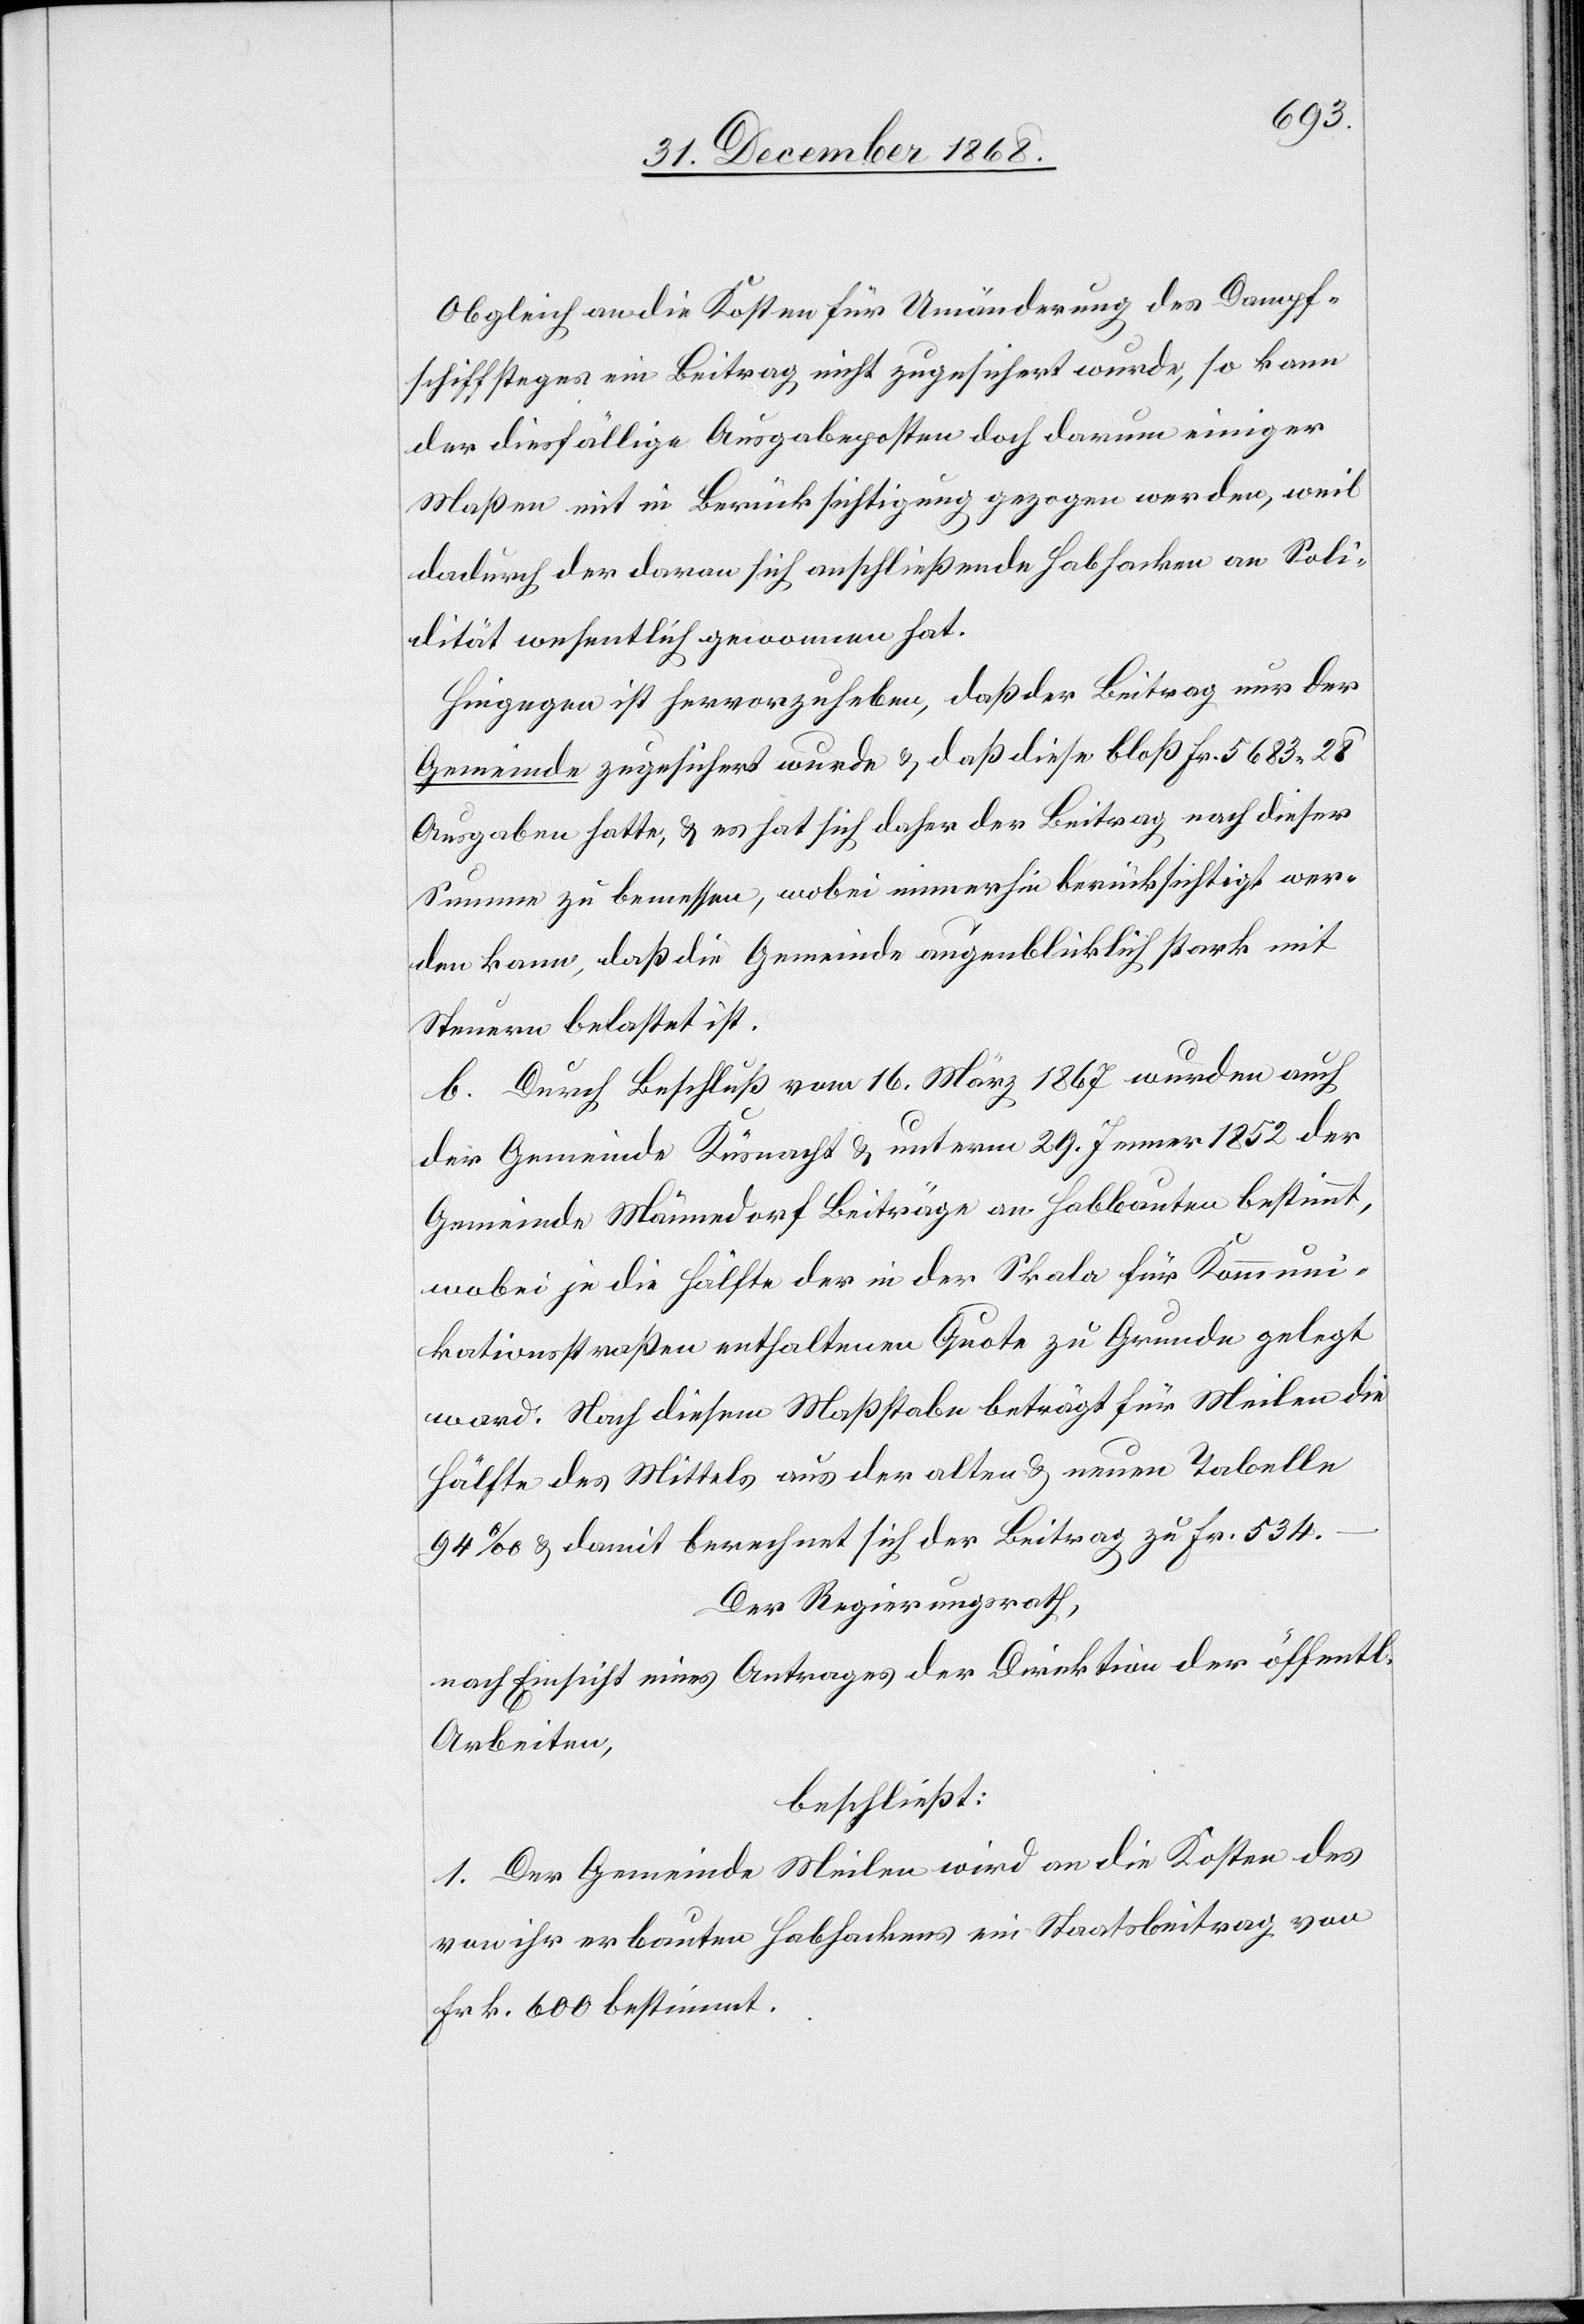
Obgleich an die Kosten für Umänderung des Dampf¬
schiffsteges ein Beitrag nicht zugesichert wurde, so kann
der diesfällige Ausgabeposten doch darum einiger
Maßen mit in Berücksichtigung gezogen werden, weil
dadurch der daran sich anschließende Habhacken an Soli¬
dität wesentlich gewonnen hat.
Hingegen ist hervorzuheben, daß der Beitrag nur der
Gemeinde zugesichert wurde & daß diese bloß Fr. 5683.28
Ausgaben hatte, & es hat sich daher der Beitrag nach dieser
Summe zu bemessen, wobei immerhin berücksichtigt wer¬
den kann, daß die Gemeinde augenblicklich stark mit
Steuern belastet ist.
b. Durch Beschluß vom 16. März 1867 wurden auch
der Gemeinde Küsnacht & unterm 29. Jenner 1852 der
Gemeinde Männedorf Beiträge an Habbauten bestimmt,
wobei je die Hälfte der in der Skala für Kommuni¬
kationsstraßen enthaltenen Quote zu Grunde gelegt
ward. Nach diesem Maßstabe beträgt für Meilen die
Hälfte des Mittels aus der alten & neuen Tabelle
94‰ & damit berechnet sich der Beitrag zu Fr. 534.–
Der Regierungsrath,
nach Einsicht eines Antrages der Direktion der öffentl.
Arbeiten,
beschließt:
1. Der Gemeinde Meilen wird an die Kosten des
von ihr erbauten Habhackens ein Staatsbeitrag von
Frk. 600 bestimmt.